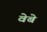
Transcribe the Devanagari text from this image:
वेबे